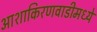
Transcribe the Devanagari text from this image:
आशाकिरणवाडीमध्ये